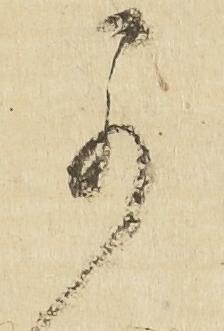
可